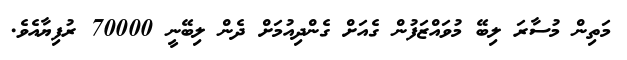
މަތިން މުސާރަ ލިބޭ މުވައްޒަފުން ގެއަށް ގެންދިއުމަށް ދެން ލިބޭނީ 70000 ރުފިޔާއެވެ.